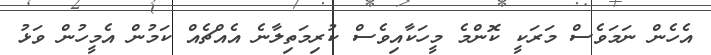
އެހެން ނަމަވެސް މަރަކީ ކޮންމެ މީހަކާއިވެސް ކުރިމަތިލާނެ އެއްޗެއް ކަމުން އެމީހުން ވަޅު